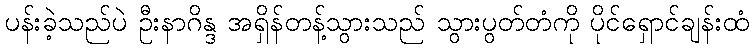
ပန်းခဲ့သည်ပဲ ဦးနာဂိန္ဒ အရှိန်တန့်သွားသည် သွားပွတ်တံကို ပိုင်ရှောင်ချန်းထံ